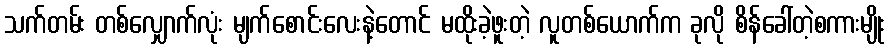
သက်တမ်း တစ်လျှောက်လုံး မျက်စောင်းလေးနဲ့တောင် မထိုးခဲ့ဖူးတဲ့ လူတစ်ယောက်က ခုလို စိန်ခေါ်တဲ့စကားမျိုး